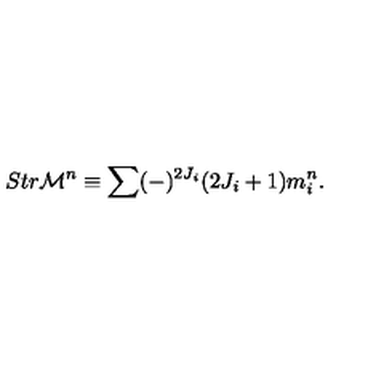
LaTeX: S t r { \cal M } ^ { n } \equiv \sum ( - ) ^ { 2 J _ { i } } ( 2 J _ { i } + 1 ) m _ { i } ^ { n } .